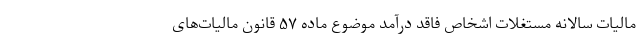
مالیات سالانه مستغلات اشخاص فاقد درآمد موضوع ماده ۵۷ قانون مالیات‌های